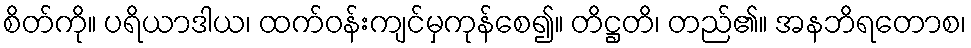
စိတ်ကို။ ပရိယာဒါယ၊ ထက်ဝန်းကျင်မှကုန်စေ၍။ တိဋ္ဌတိ၊ တည်၏။ အနဘိရတောစ၊